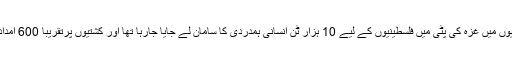
امدادی قافلے کی کشتیوں میں غزہ کی پٹی میں فلسطینیوں کے لیے 10 ہزار ٹن انسانی ہمدردی کا سامان لے جایا جارہا تھا اور کشتیوں پرتقریباً 600 امدادی کارکن سوار تھے۔